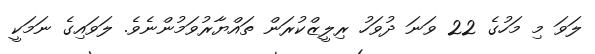
ލަވަ މި މަހުގެ 22 ވަނަ ދުވަހު ރިލީޒްކުރަން ތައްޔާރުވަމުންނެވެ. ލަވައިގެ ނަމަކީ